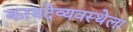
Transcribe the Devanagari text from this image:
कायदेव्यवस्थेला